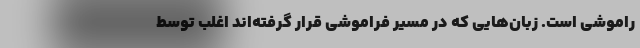
راموشی است. زبان‌هایی که در مسیر فراموشی قرار گرفته‌اند اغلب توسط